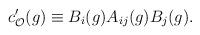
LaTeX: \begin{align*}c_{{\cal O}}^{\prime }(g)\equiv B_{i}(g)A_{ij}(g)B_{j}(g). \end{align*}